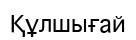
Құлшығай